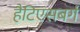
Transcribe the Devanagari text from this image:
हैटिएसबर्ग